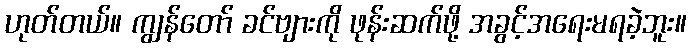
ဟုတ်တယ်။ ကျွန်တော် ခင်ဗျားကို ဖုန်းဆက်ဖို့ အခွင့်အရေးမရခဲ့ဘူး။